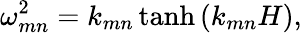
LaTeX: \omega_{mn}^{2}=k_{mn}\operatorname{tanh}{\left(k_{mn}H\right)},